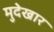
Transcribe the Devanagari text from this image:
मुदेखार